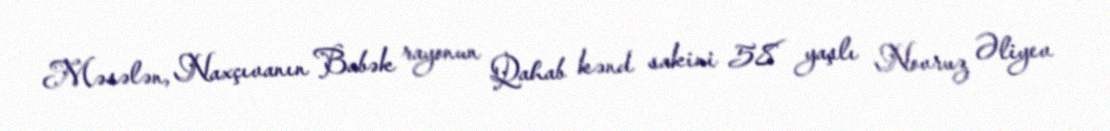
Məsələn, Naxçıvanın Babək rayonun Qahab kənd sakini 58 yaşlı Novruz Əliyev